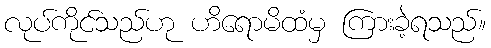
လုပ်ကိုင်သည်ဟု ဟိရောမိထံမှ ကြားခဲ့ရသည်။